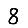
Digit: 8